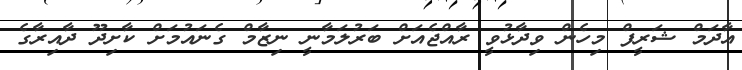
އާދަމް ޝަރީފް މިހެން ވިދާޅުވީ ރާއްޖެއަށް ބަރުލަމާނީ ނިޒާމް ގެނައުމަށް ކާށިދޫ ދާއިރާގެ